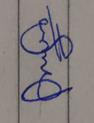
Signature authenticity: genuine